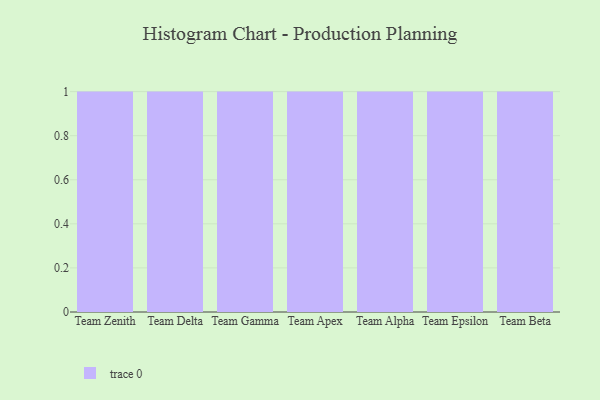
{"axis": {"x": "Team", "y": "Revenue (USD Million)"}, "legend": [""], "data": [{"x": "Team Zenith", "y": 96, "type": ""}, {"x": "Team Delta", "y": 66, "type": ""}, {"x": "Team Gamma", "y": 65, "type": ""}, {"x": "Team Apex", "y": 29, "type": ""}, {"x": "Team Alpha", "y": 16, "type": ""}, {"x": "Team Epsilon", "y": 49, "type": ""}, {"x": "Team Beta", "y": 100, "type": ""}]}